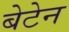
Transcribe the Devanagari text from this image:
बेटेन